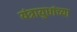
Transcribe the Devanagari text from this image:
यंत्रायुधांच्या